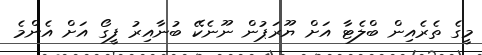
މީގެ ތެރެއިން ބްލެޓާ އަށް ޔޫރަޕުން ނޫނެކޭ ބުނާއިރު ފީގޯ އަށް އެންމެ